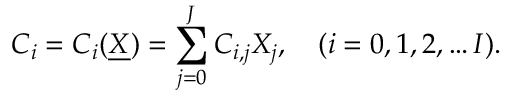
C _ { i } = C _ { i } ( \underline { { X } } ) = \sum _ { j = 0 } ^ { J } C _ { i , j } X _ { j } , \quad ( i = 0 , 1 , 2 , \dots I ) .